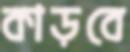
কাড়বে